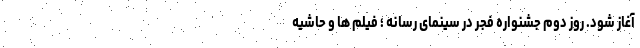
آغاز شود. روز دوم جشنواره فجر در سینمای رسانه ؛ فیلم‌ ها و حاشیه‌